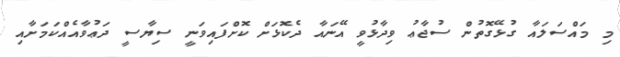
މި މައްސަލައާ ގުޅޭގޮތުން ސުޖާޢު ވިދާޅުވީ އޭނައާ ދެކޮޅަށް ކޮށްފައިވަނީ ސިޔާސީ ދަޢުވާއެއްކަމަށާއި